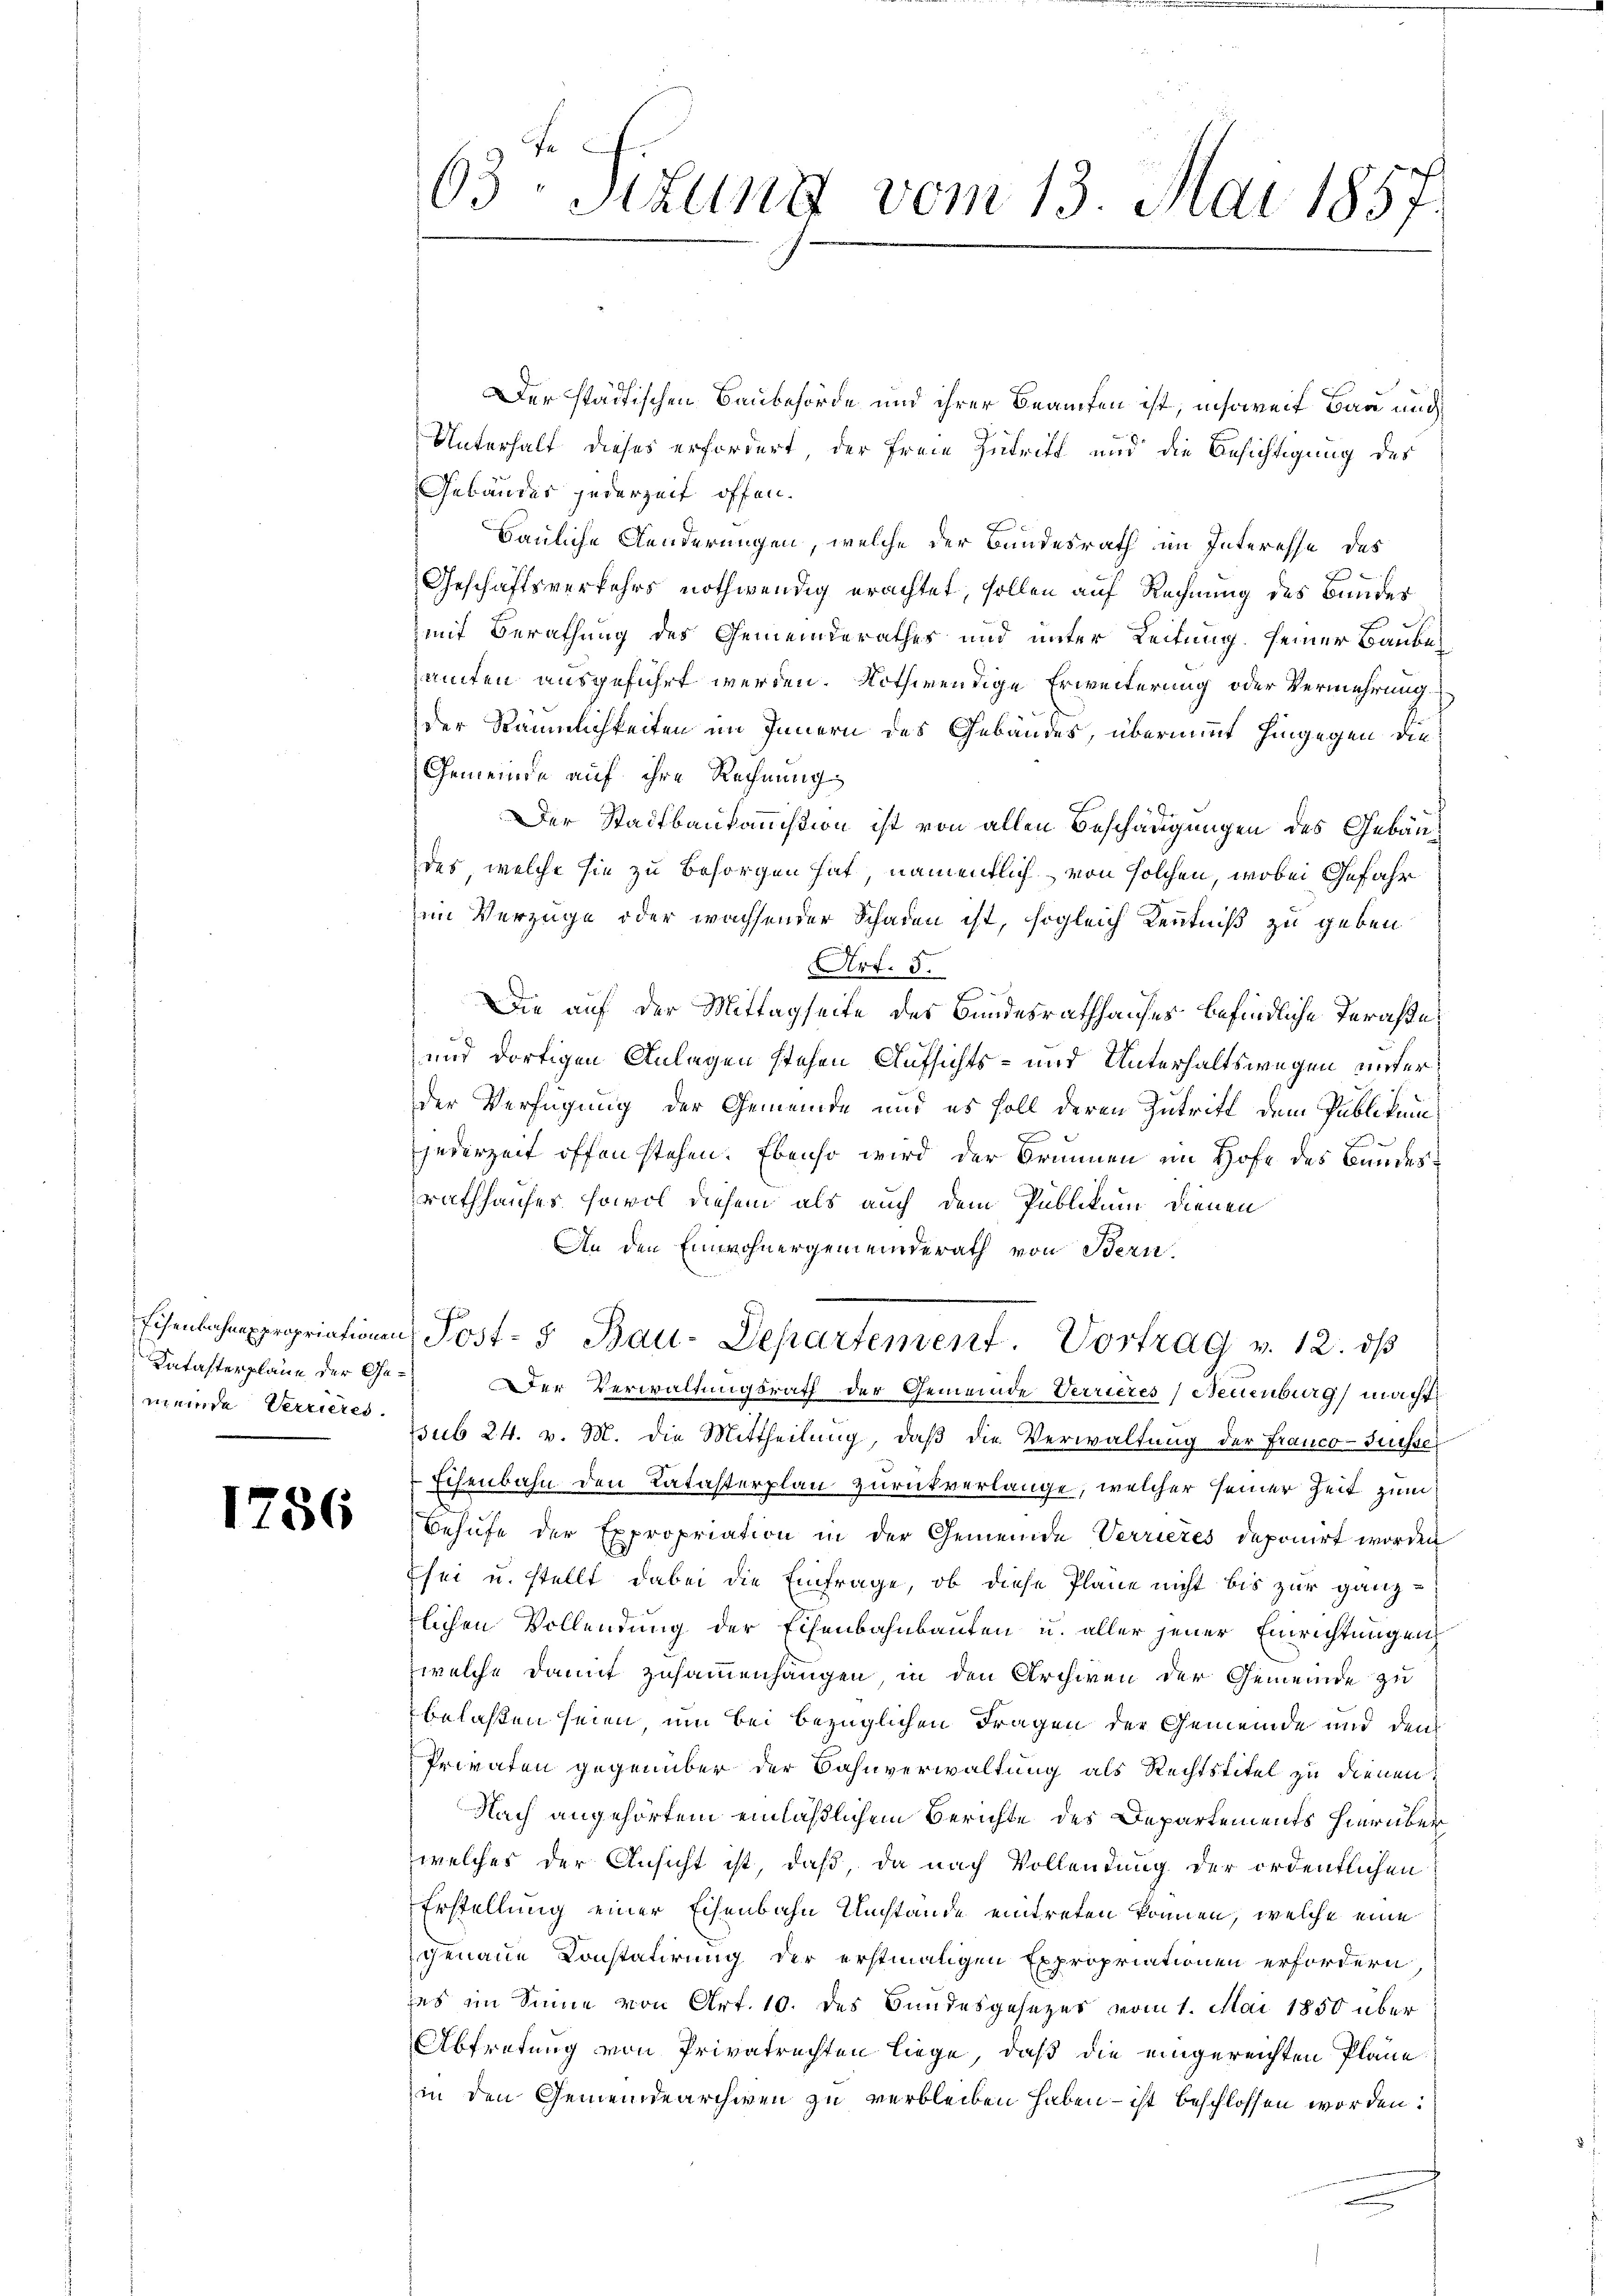
Echenbahnexpropriationen
Katasterplane der Gemeinde Verrieres.

1786

63. Sizung vom 13. Mai 1857

Der städtischen Baubehörde und ihrer Beamten ist, insoweit Bau und
Unterhalt dieses erfordert, der Freie Zutritt und die Besichtigung des
Gebäudes jederzeit offen.
F
Bauliche Aenderungen, welche der Bundesrath im Interesse des
Geschäftsverkehrs nothwendig erachtet, sollen auf Rechnung des Bundes
mit Berathung des Gemeinderathes und unter Leitung seiner Baubesamten ausgeführt werden. Nothwendige Erweiterung oder Vermehrung
der Räumlichkeiten im Innern des Gebäudes, übernimmt hingegen die
Gemeinde auf ihre Rechnung
Der Stadtbaukommission ist von allen Beschädigungen des Gebäudes, welche sie zu besorgen hat, namentlich von solchen, wobei Gefahr
im Verzüge oder wachsender Schaden ist, sogleich Kenntniß zu geben
Art. 5.
Die auf der Mittagseite des Bundesrathhauses befindliche Terachte
und dortigen Anlagen stehen Aufsichts- und Unterhaltswegen unterder Verfügung der Gemeinde und es soll deren Zutrift dem Publikum
jederzeit offen stehen. Ebenso wird der Brunnen im Hofe des Bundesrathhauses, sowol diesem als auch dem Publikum dienen
An den Einwohnergemeinderath von Bern.
Post- u Bau-Departement. Vortrag v. 12. dβ
Der Verwaltungsrath der Gemeinde Verrieres, Neuenburg macht
ssub 24. v. M. die Mittheilung, daβ die Verwaltung der Franco-Suisse
Echenbahn den Katasterplan zurückverlange, welcher seiner Zeit zum
Behufe der Expropriation in der Gemeinde Verrieres deponirt worden
sei u. stellt dabei die Einfrage, ob diese Pläne nicht bis zur ganz
lichen Vollendung der Eisenbahnbauten u. aller jener Einrichtungen
welche damit zusammenhängen in den Archiven der Gemeinde zu
belasten seien, um bei bezüglichen Fragen der Gemeinde und den
Privaten gegenüber der Bahnverwaltung als Rechtstitel zu dienen
Nach angehörtem einläßlichem Berichte des Departements hierüber
welches der Ansicht ist, daß, da nach Vollendung der ordentlichen
Erstellung einer Eisenbahn Umstände eintreten können, welche eine
genaue Constatirung der erstmaligen Expropriationen erfordern
das im Sinne von Art. 10. des Bundesgesezes vom 1. Mai 1850 über
Abtretung von Privatrechten liege, daß die eingereichten Pläne
in den Gemeindearchiven zu verbleiben haben – ist beschlossen worden: